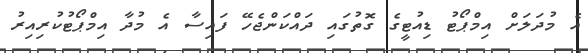
އެ މުދަލަށް އިމްޕޯޓު ޑިއުޓީގެ ގޮތުގައި ދައްކަންޖެހޭ ފައިސާ އެ މުދާ އިމްޕޯޓުކުރިއިރު